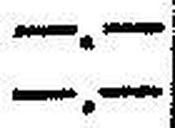
—.—